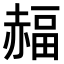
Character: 𧹭